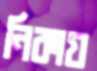
নিকায়